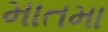
માતમા